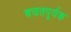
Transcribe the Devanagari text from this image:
बचतपूर्वक